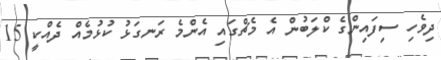
ދިވެހި ސިފައިންގެ ކްލަބުން އެ މެޗްގައި އެންމެ ރަނގަޅު ކުޅުމެއް ދެއްކީ 15